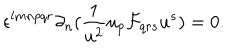
LaTeX: \epsilon ^ { l m n p q r } \partial _ { n } ( { \frac { 1 } { u ^ { 2 } } } u _ { p } { \cal F } _ { q r s } u ^ { s } ) = 0 .